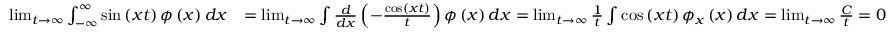
\begin{array} { r l } { \operatorname* { l i m } _ { t \rightarrow \infty } \int _ { - \infty } ^ { \infty } \sin \left( x t \right) \phi \left( x \right) d x } & { = \operatorname* { l i m } _ { t \rightarrow \infty } \int \frac { d } { d x } \left( - \frac { \cos \left( x t \right) } { t } \right) \phi \left( x \right) d x = \operatorname* { l i m } _ { t \rightarrow \infty } \frac { 1 } { t } \int \cos \left( x t \right) \phi _ { x } \left( x \right) d x = \operatorname* { l i m } _ { t \rightarrow \infty } \frac { C } { t } = 0 } \end{array}